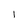
Character: I